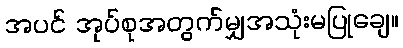
အပင် အုပ်စုအတွက်မျှအသုံးမပြုချေ။